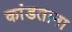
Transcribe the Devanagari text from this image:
कांडताना